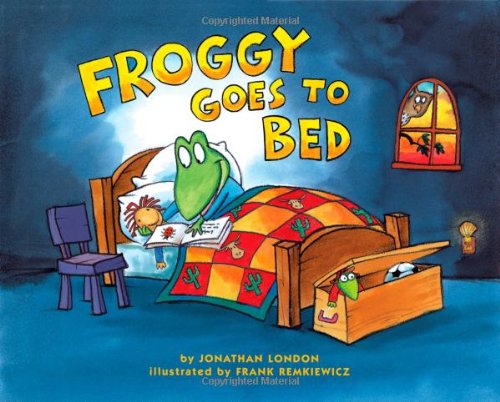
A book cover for Froggy Goes to Bed; Jonathan London; Children's Books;